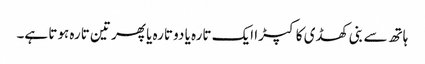
ہاتھ سے بنی کھڈی کا کپڑا ایک تارہ یا دو تارہ یا پھر تین تارہ ہوتا ہے۔